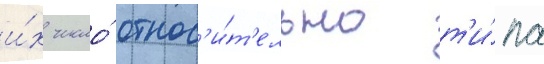
и́х число́ относ'и́т'ельно т'и́па